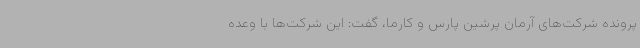
پرونده شرکت‌های آرمان پرشین پارس و کارما، گفت: این شرکت‌ها با وعده